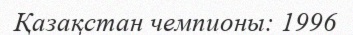
Қазақстан чемпионы: 1996